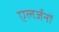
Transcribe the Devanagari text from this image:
एलर्जनों